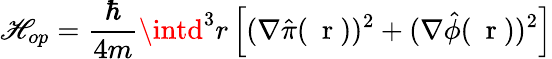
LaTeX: \mathscr{H}_{op}=\frac{{\hbar}}{{4m}}\intd^{3}r\left[(\nabla\hat{{\pi}}(\mathrm{{~\mathbf{~}r~}}))^{2}+(\nabla\hat{{\phi}}(\mathrm{{~\mathbf{~}r~}}))^{2}\right]